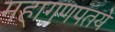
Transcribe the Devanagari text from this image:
महागणपतये